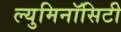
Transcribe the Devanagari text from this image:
ल्युमिनॉसिटी